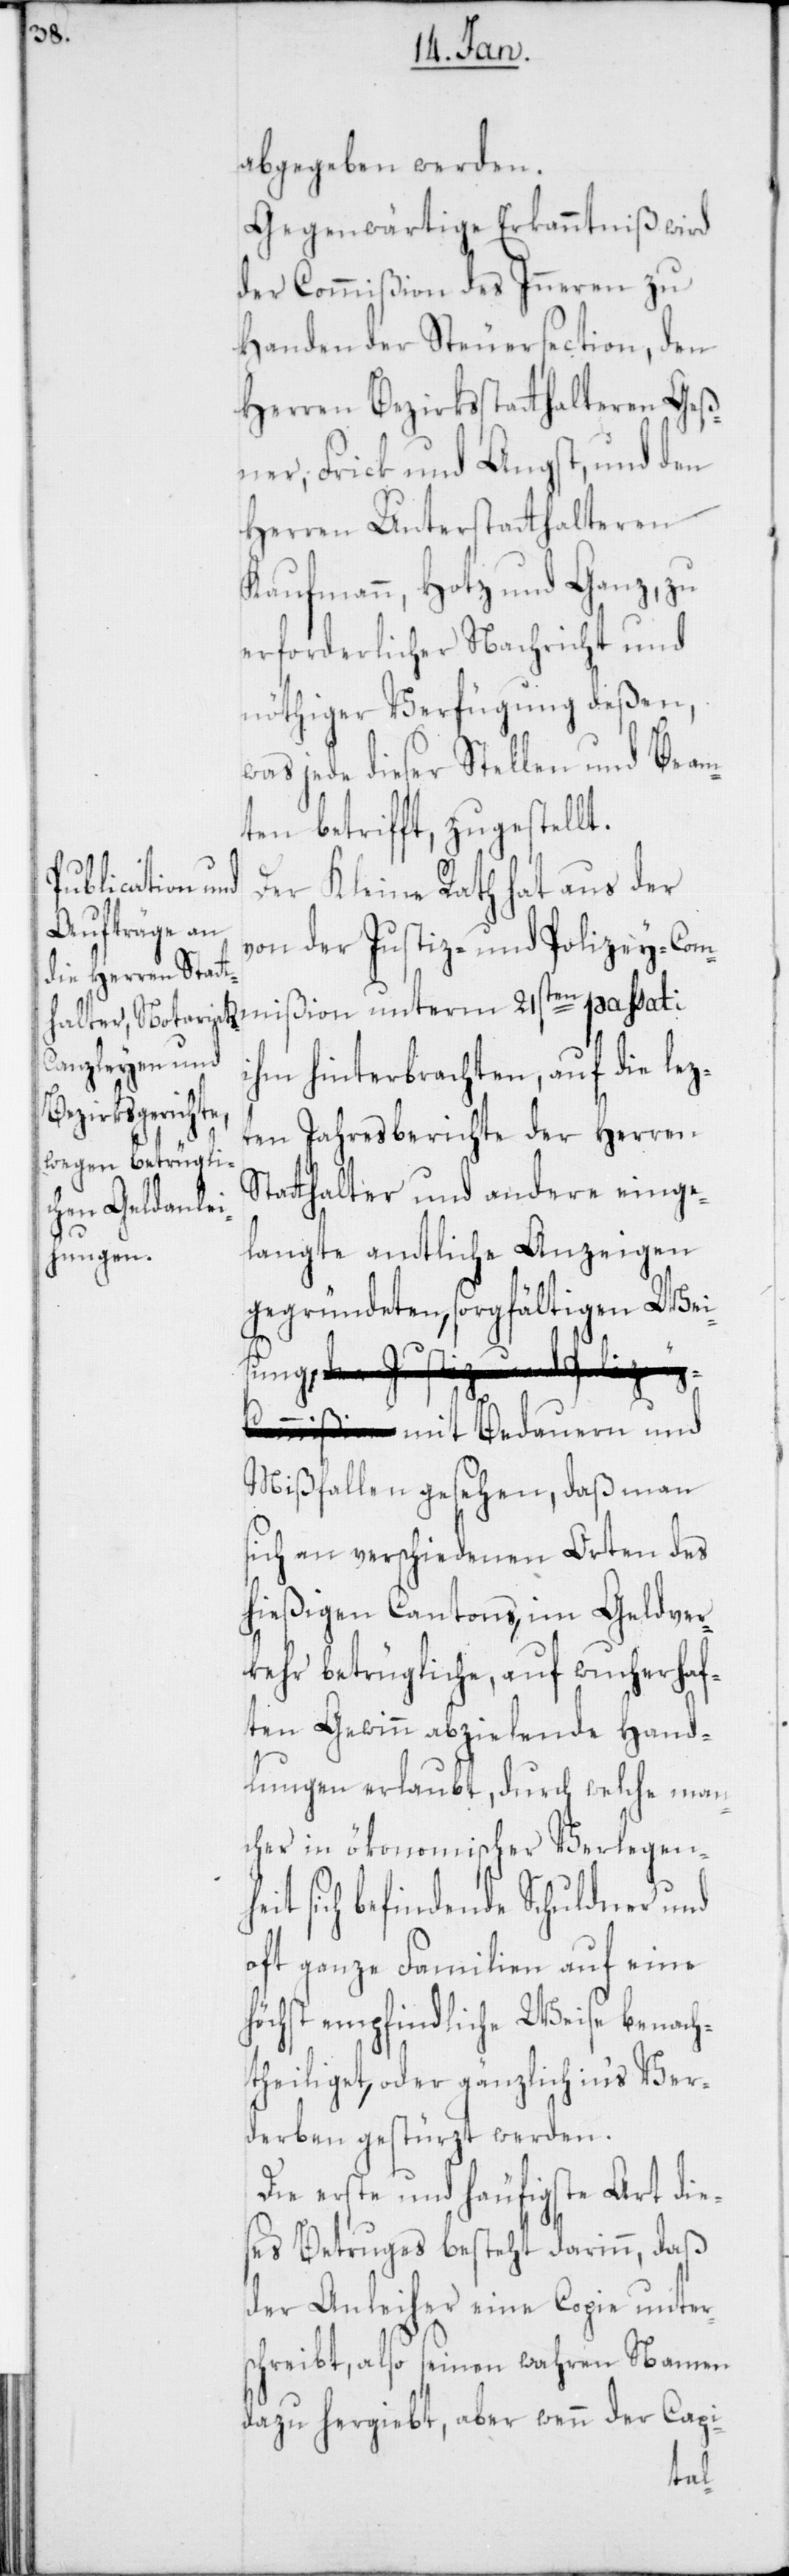
abgegeben werden.
Gegenwärtige Erkanntniß wird
der Commißion des Inneren zu
Handen der Steuersection, den
Herren Bezirksstatthalteren Geß¬
ner, Frick und Angst, und den
Herren Unterstatthalteren
Kaufmann, Hotz und Ganz, zu
erforderlicher Nachricht und
nöthiger Verfügung deßen,
was jede dieser Stellen und Beam¬
ten betrifft, zugestellt.
mißion
Der Kleine Rath hat aus der
von der Justiz- und Polizey-Com¬
ihm hinterbrachten, auf die lez¬
ten Jahresberichte der Herren
Statthalter und andere einge¬
langte amtliche Anzeigen
gegründeten, sorgfältigen Wei¬
sung, mit Bedauern und
Mißfallen gesehen, daß man
sich an verschiedenen Orten des
hießigen Cantons, im Geldver¬
kehr betrügliche, auf wucherhaf¬
ten Gewinn abzielende Hand¬
lungen erlaubt, durch welche man¬
cher in ökonomischer Verlegenh¬
eit sich befindende Schuldner und
oft ganze Familien auf eine
höchst empfindliche Weise benach¬
theiliget, oder gänzlich ins Ver¬
derben gestürzt werden.
Die erste und häufigste Art die¬
ses Betruges besteht darinn, daß
der Anleiher eine Copie unters¬
chreibt, also seinen wahren Namen
dazu hergibt, aber wenn der Capi-